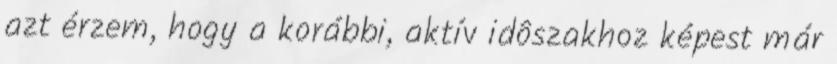
azt érzem, hogy a korábbi, aktív idôszakhoz képest már